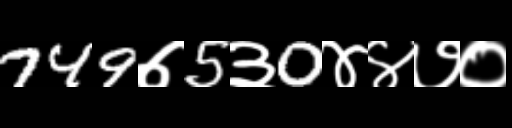
Text: 749७5३0४४७०